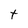
Character: t